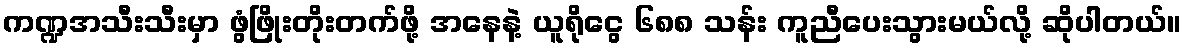
ကဏ္ဍအသီးသီးမှာ ဖွံဖြိုးတိုးတက်ဖို့ အနေနဲ့ ယူရိုငွေ ၆၈၈ သန်း ကူညီပေးသွားမယ်လို့ ဆိုပါတယ်။